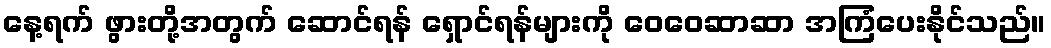
နေ့ရက် ဖွားတို့အတွက် ဆောင်ရန် ရှောင်ရန်များကို ဝေဝေဆာဆာ အကြံပေးနိုင်သည်။